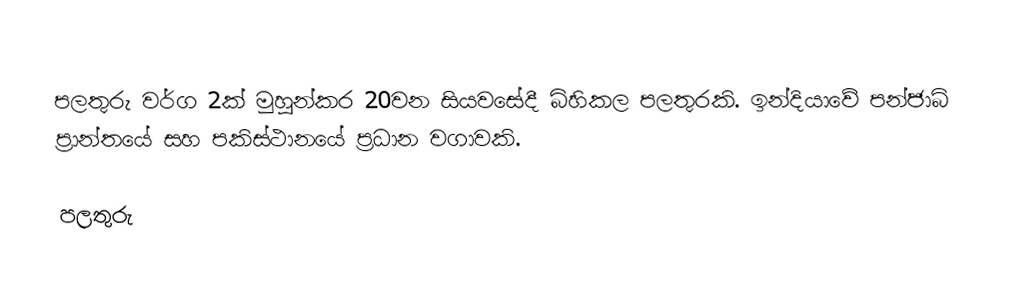
පලතුරු වර්ග 2ක් මුහුන්කර 20වන සියවසේදී බිහිකල පලතුරකි. ඉන්දියාවේ පන්ජාබ් ප්‍රාන්තයේ සහ පකිස්ථානයේ ප්‍රධාන වගාවකි.

පලතුරු